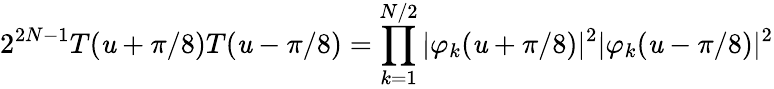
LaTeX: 2^{2N-1}T(\mathit{u}+\pi/8)T(\mathit{u}-\pi/8)=\prod_{k=1}^{N/2}|\varphi_{k}(\mathit{u}+\pi/8)|^{2}|\varphi_{k}(\mathit{u}-\pi/8)|^{2}